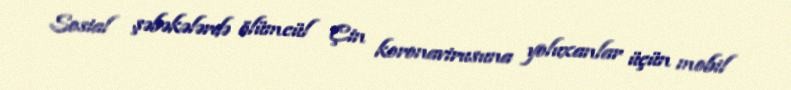
Sosial şəbəkələrdə ölümcül Çin koronavirusuna yoluxanlar üçün mobil